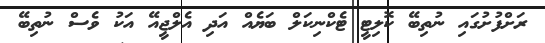
ރަށްފުށުގައި ނުތިބޭ ކޮލިޓީ ޓެކްނިކަލް ބަޔެއް އަދި އެލްޖީއޭ އަކު ވެސް ނުތިބޭ